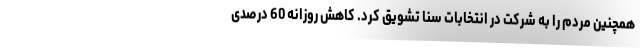
همچنین مردم را به شرکت در انتخابات سنا تشویق کرد. کاهش روزانه 60 درصدی